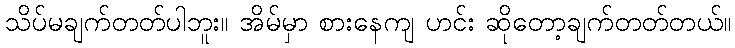
သိပ်မချက်တတ်ပါဘူး။ အိမ်မှာ စားနေကျ ဟင်း ဆိုတော့ချက်တတ်တယ်။